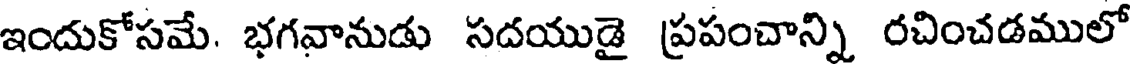
ఇందుకోసమే. భగవానుడు సదయుడై ప్రపంచాన్ని రచించడములో